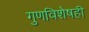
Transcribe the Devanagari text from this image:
गुणविशेषही